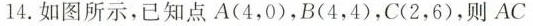
14.如图所示，已知点A(4，0)，B(4，4)，C(2，6)，则AC